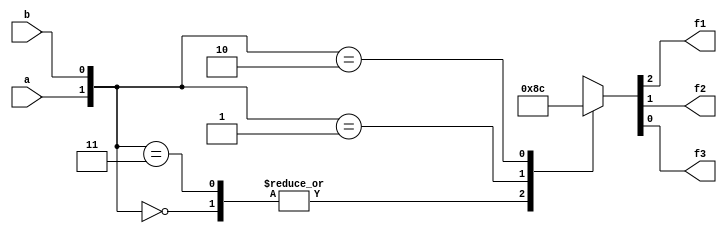
`timescale 1ns / 1ps
//////////////////////////////////////////////////////////////////////////////////
// Company: 
// Engineer: 
// 
// Design Name: 
// Module Name: cmp1
// Project Name: 
// Target Devices: 
// Tool Versions: 
// Description: 
// 
// Dependencies: 
// 
// Revision:
// Revision 0.01 - File Created
// Additional Comments:
// 
//////////////////////////////////////////////////////////////////////////////////

module cmp1(
    input a,b,
    output reg f1,f2,f3
    );
    
    always@(a,b)
    begin
    case({a,b})
        2'b00: {f1,f2,f3} <= 010;
        2'b11: {f1,f2,f3} <= 010;
        2'b01: {f1,f2,f3} <= 001;
        2'b10: {f1,f2,f3} <= 100;
    endcase
    end
endmodule